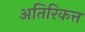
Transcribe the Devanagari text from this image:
अतिरिकत्त